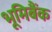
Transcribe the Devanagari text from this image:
भूमिबैंक